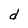
Character: d